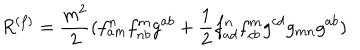
LaTeX: R ^ { ( f ) } = \frac { m ^ { 2 } } { 2 } ( f _ { a m } ^ { n } f _ { n b } ^ { m } g ^ { a b } + \frac 1 2 f _ { a d } ^ { n } f _ { c b } ^ { m } g ^ { c d } g _ { m n } g ^ { a b } )